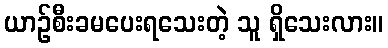
ယာဉ်စီးခမပေးရသေးတဲ့ သူ ရှိသေးလား။